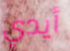
أيدي